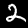
Digit: 2